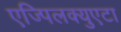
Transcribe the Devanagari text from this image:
एज्पिलक्युएटा